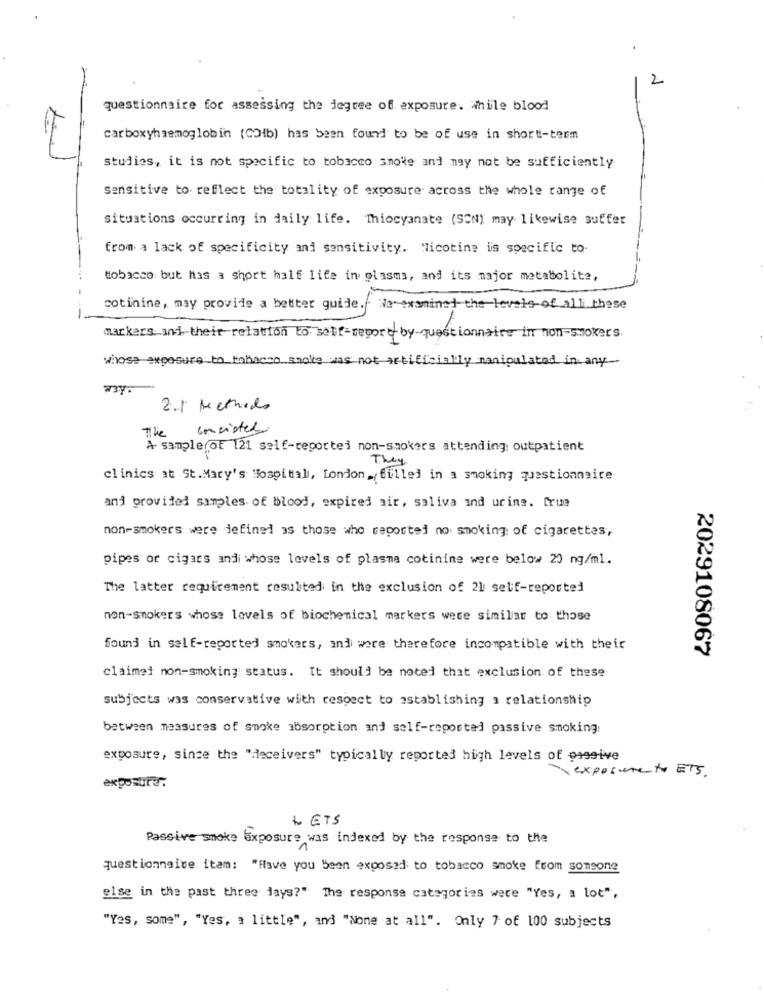
2
questionnaire for assessing the degree of exposure. While blood
carboxyhaemoglobin (COib) has been found to be of use in short-term
studies, it is not specific to tobacco smoke and may not be sufficiently
sensitive to reflect the totality of exposure across the whole range of
situations occurring in daily life. Tiocyanate (SCN) may likewise suffer
from a lack of specificity and sensitivity. Nicotine is specific to.
tobacco: but has a short half life in glasms, and its major metabolite,
cotinine, may provide a better guide .. We examine the levels of all these
-
markers and their relation to self-report-by-questionnaire in non-smokers.
whose exposure to inhasno smoke was not artificially manipulated in any
ny.
2.1 Methods
The
consisted
A sample of 121 self-reported non-smokers attending outpatient
They
clinics at St.Mary's Hospital, London,( filled in a smoking questionnaire
and provided samples of blood, expired air, saliva ind urine. Crue
non-smokers were defined as those who reported no smoking of cigarettes,
pipes or cigars andi whose levels of plasma cotinime were below 20 ng/ml.
The latter requirement resulted in the exclusion of 21 self-reported
non-smokers whose levels of biochemical markers were similar to those
found in self-reported smokers, andi were therefore incompatible with their
2029108067
claimed non-smoking status. It should be noted that exclusion of these
subjects was conservative with respect to establishing a relationship
between measures of smoke absorption and self-reported passive smoking:
exposure, since the "deceivers" typically reported high levels of passive
- exposure to ETS.
exposure:
LETS
Passive smoke Exposure was indexed by the response to the
questionnaire itam: "Have you Been exposed to tobacco smoke from someone
else in the past three days?" The response categories were "Yes, a lot",
"Yes, some", "Yes, a little", and "None at all". Only 7 of 100 subjects